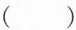
()